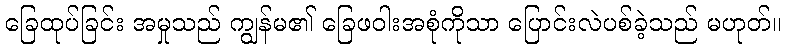
ခြေထုပ်ခြင်း အမှုသည် ကျွန်မ၏ ခြေဖဝါးအစုံကိုသာ ပြောင်းလဲပစ်ခဲ့သည် မဟုတ်။